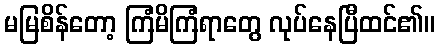
မမြစိန်တော့ ကြံမိကြံရာတွေ လုပ်နေပြီထင်၏။